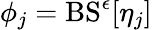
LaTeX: \phi_{j}=\mathrm{BS}^{\epsilon}[\eta_{j}]